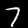
Digit: 7